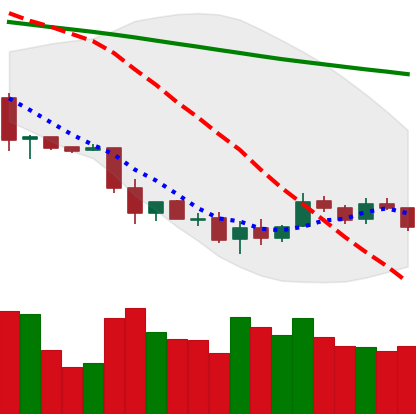
Ticker: LTC-USD
Chart end date: 2018-12-03
Forward return: -19.981%
Label: down_7plus